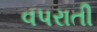
વપરાતી